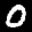
Label: 0